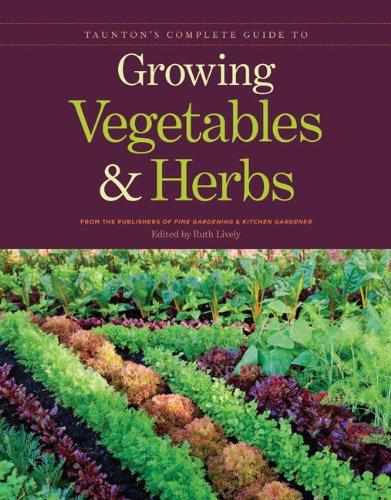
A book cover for Taunton's Complete Guide to Growing Vegetables and Herbs; Publishers of Fine Gardening & Kitchen Gardener; Crafts, Hobbies & Home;